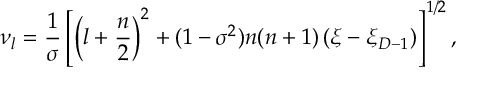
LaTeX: \nu _ { l } = \frac { 1 } { \sigma } \left[ \left( l + \frac { n } { 2 } \right) ^ { 2 } + ( 1 - \sigma ^ { 2 } ) n ( n + 1 ) \left( \xi - \xi _ { D - 1 } \right) \right] ^ { 1 / 2 } ,